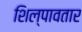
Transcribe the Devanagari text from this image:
शिल्पावतार